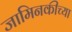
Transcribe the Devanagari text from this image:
जामिनकीच्या